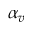
\alpha _ { v }